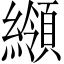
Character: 𦆺